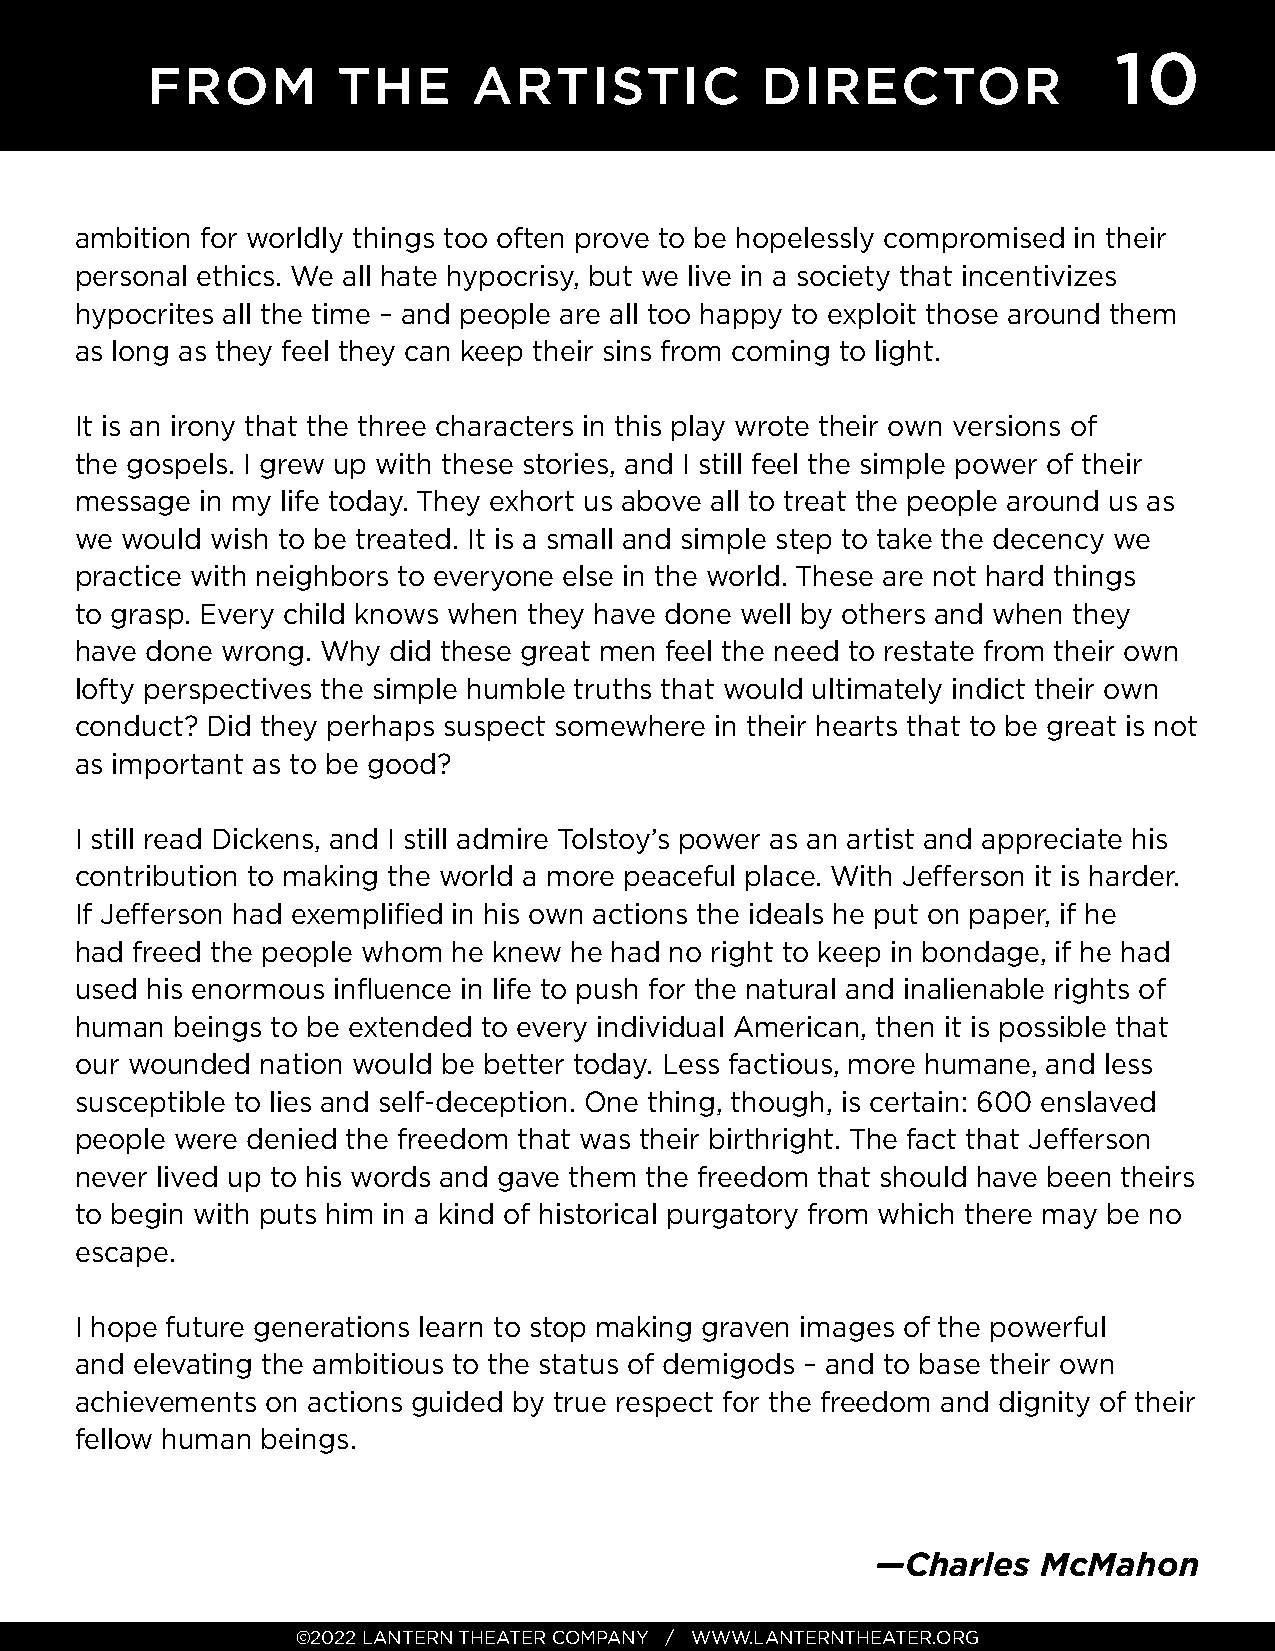
10
 FROM        THE      ARTISTIC           DIRECTOR
 ambition for worldly things too often prove to be hopelessly compromised in their
 personal ethics. We all hate hypocrisy, but we live in a society that incentivizes
 hypocrites all the time – and people are all too happy to exploit those around them
 as long as they feel they can keep their sins from coming to light.
 It is an irony that the three characters in this play wrote their own versions of
 the gospels. I grew up with these stories, and I still feel the simple power of their
 message in my life today. They exhort us above all to treat the people around us as
 we would wish to be treated. It is a small and simple step to take the decency we
 practice with neighbors to everyone else in the world. These are not hard things
 to grasp. Every child knows when they have done well by others and when they
 have done wrong. Why did these great men feel the need to restate from their own
 lofty perspectives the simple humble truths that would ultimately indict their own
 conduct? Did they perhaps suspect somewhere in their hearts that to be great is not
 as important as to be good?
 I still read Dickens, and I still admire Tolstoy’s power as an artist and appreciate his
 contribution to making the world a more peaceful place. With Jeff erson it is harder.
 If Jeff erson had exemplifi ed in his own actions the ideals he put on paper, if he
 had freed the people whom he knew he had no right to keep in bondage, if he had
 used his enormous infl uence in life to push for the natural and inalienable rights of
 human beings to be extended to every individual American, then it is possible that
 our wounded nation would be better today. Less factious, more humane, and less
 susceptible to lies and self-deception. One thing, though, is certain: 600 enslaved
 people were denied the freedom that was their birthright. The fact that Jeff erson
 never lived up to his words and gave them the freedom that should have been theirs
 to begin with puts him in a kind of historical purgatory from which there may be no
 escape.
 I hope future generations learn to stop making graven images of the powerful
 and elevating the ambitious to the status of demigods – and to base their own
 achievements on actions guided by true respect for the freedom and dignity of their
 fellow human beings.
 —Charles   McMahon
 ©2022 LANTERN THEATER COMPANY / WWW.LANTERNTHEATER.ORG